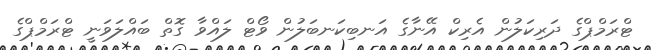
ޓްރަމްޕްގެ ދަރިކަލުން އެރިކް އޭނާގެ އަނބިކަނބަލުން ވޯޓް ލައްވާ ގޮތް ބައްލަވަނީ ޓްރަމްޕްގެ